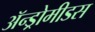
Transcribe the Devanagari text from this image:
ॲन्ड्रोमीडस